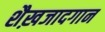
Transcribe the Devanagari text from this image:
शैख़जादगान